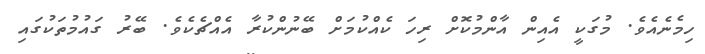
ހިމެނެއެވެ. މުގަކީ އެއިން އާންމުކޮށް ރިހަ ކެއްކުމަށް ބޭނުންކުރާ އެއްޗެކެވެ. ބޭރު ގައުމުތަކުގައި